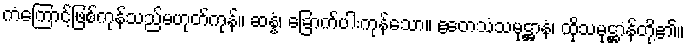
ကံကြောင့်ဖြစ်ကုန်သည်မဟုတ်ကုန်။ ဆန္နံ၊ ခြောက်ပါးကုန်သော။ ဧတေသံသမုဋ္ဌာနံ၊ ထိုသမုဋ္ဌာန်တို့၏။